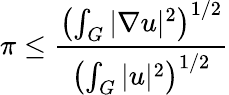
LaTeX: \pi\leq{\frac{\left(\int_{G}|\nabla u|^{2}\right)^{1/2}}{\left(\int_{G}|u|^{2}\right)^{1/2}}}